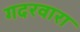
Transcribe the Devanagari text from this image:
गदरवारा